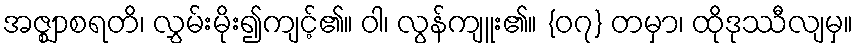
အဇ္ဈာစရတိ၊ လွှမ်းမိုး၍ကျင့်၏။ ဝါ၊ လွန်ကျူး၏။ {၀၇} တမှာ၊ ထိုဒုဿီလျမှ။